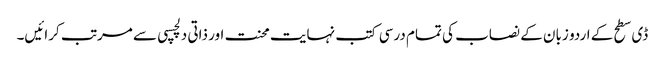
ڈی سطح کے اردو زبان کے نصاب کی تمام درسی کتب نہایت محنت اور ذاتی دلچسپی سے مرتب کرائیں۔